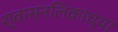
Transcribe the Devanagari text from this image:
श्वासनलिकांच्या